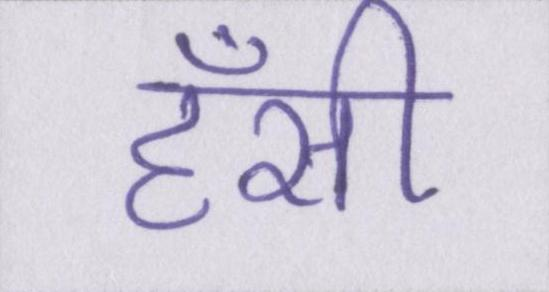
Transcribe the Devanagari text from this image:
हँसी